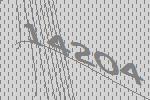
14204